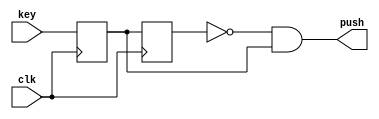
`timescale 1ns / 1ps

//============= PUSH KEY ===================

module push_key
(
    input clk,
    input key,
    output push
);

reg key_sync, key_prev;

always @(posedge clk)
begin
    key_sync <= key;
    key_prev <= key_sync;
end

assign push = ~key_prev & key_sync;

endmodule


//=============== LEDS ==================

module led2seq 
(
    input [7:0] num,
    output [7:0] seq
);

assign seq = num;

endmodule


// ================== 7SEGM ================
module num2seq 
(
    input [3:0] num,
    output [6:0] seq
);

assign seq =    num == 4'h0  ? 7'b1000000 :
                num == 4'h1  ? 7'b1111001 :
                num == 4'h2  ? 7'b0010010 :
                num == 4'h3  ? 7'b0110000 :
                num == 4'h4  ? 7'b0011001 :
                num == 4'h5  ? 7'b0010010 :
                num == 4'h6  ? 7'b0000010 :
                num == 4'h7  ? 7'b1111000 :
                num == 4'h8  ? 7'b0000000 :
                num == 4'h9  ? 7'b0010000 :
                num == 4'ha ? 7'b0001000 :
                num == 4'hb ? 7'b0000011 :
                num == 4'hc ? 7'b1000110 :
                num == 4'hd ? 7'b0100001 :
                num == 4'he ? 7'b0000110 : 7'b0001110;


endmodule



//============== BIT MOVIE ==================

module task4
(
    input  clk,
    input  key1, 
    input  key2, 
    input  key3,
    input  [7:0] switch,
    input  switch8,
    output [7:0] seq,
    output [7:0] seq_green,
	 output [6:0] seq71,
	 output [6:0] seq72
);

//=============== ADD LOGIC ================

//Key push logic
wire key_push1;
wire key_push2;
wire key_push3;

//tasknumber
reg [7:0] tasknumber;
reg [7:0] tasknumber_green;

//============ INCLUDE MODULES ================

//Buttons
push_key push_key_in1(
    .clk(clk),
    .key(key1),
    .push(key_push1)
);

push_key push_key_in2(
    .clk(clk),
    .key(key2),
    .push(key_push2)
);

push_key push_key_in3(
    .clk(clk),
    .key(key3),
    .push(key_push3)
);

//LEDs
led2seq led2seq_in1(
    .num(tasknumber),
    .seq(seq)
);

led2seq led2seq_in2(
    .num(tasknumber_green),
    .seq(seq_green)
);

//SWITCH
num2seq  num2seq_in1(
    .num(tasknumber[7:4]),
    .seq(seq71)
);

num2seq  num2seq_in2(
    .num(tasknumber[3:0]),
    .seq(seq72)
);


//============== MAIN TASK =================

always @(posedge clk)
begin

if (key_push1) begin

    tasknumber <= 0;
	 tasknumber_green <= 0;

end
else if (key_push2 ) begin 
    
    tasknumber <= switch;

end
else if (key_push3) begin 

    tasknumber_green <= {tasknumber[0], (tasknumber_green[7:1])};
    tasknumber <= {switch8, (tasknumber[7:1])};

end

end

endmodule